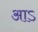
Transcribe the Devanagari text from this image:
आऽ